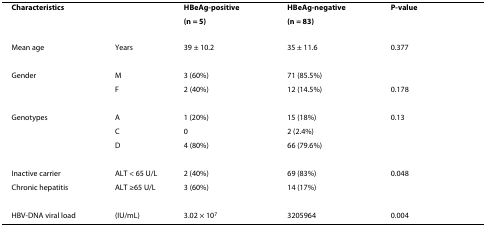
| Characteristics |  | HBeAg-positive | HBeAg-negative | P-value |
 |  |  | (n = 5) | (n = 83) |  |
 | --- | --- | --- | --- | --- |
 | Mean age | Years | 39 ± 10.2 | 35 ± 11.6 | 0.377 |
 | Gender | M | 3 (60%) | 71 (85.5%) |  |
 |  | F | 2 (40%) | 12 (14.5%) | 0.178 |
 | Genotypes | A | 1 (20%) | 15 (18%) | 0.13 |
 |  | C | 0 | 2 (2.4%) |  |
 |  | D | 4 (80%) | 66 (79.6%) |  |
 | Inactive carrier | ALT < 65 U/L | 2 (40%) | 69 (83%) | 0.048 |
 | Chronic hepatitis | ALT ≥65 U/L | 3 (60%) | 14 (17%) |  |
 | HBV-DNA viral load | (IU/mL) | 3.02 × 107 | 3205964 | 0.004 |